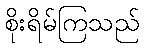
စိုးရိမ်ကြသည်